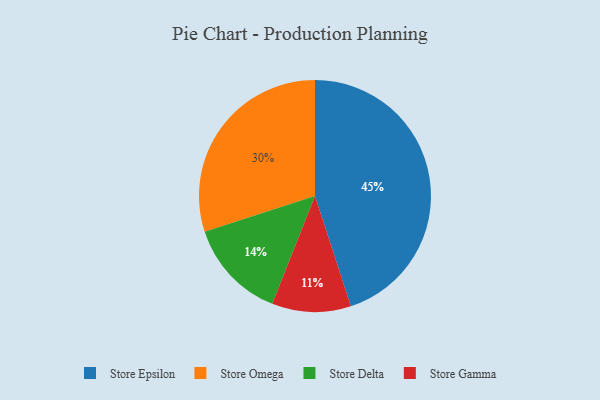
{"axis": {"x": "Category", "y": "Percentage"}, "legend": ["Store Delta", "Store Epsilon", "Store Gamma", "Store Omega"], "data": [{"x": "Store Epsilon", "y": 45, "type": "Store Epsilon"}, {"x": "Store Omega", "y": 30, "type": "Store Omega"}, {"x": "Store Delta", "y": 14, "type": "Store Delta"}, {"x": "Store Gamma", "y": 11, "type": "Store Gamma"}]}